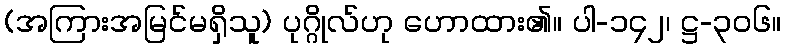
(အကြားအမြင်မရှိသူ) ပုဂ္ဂိုလ်ဟု ဟောထား၏။ ပါ-၁၄၂၊ ဋ္ဌ-၃၀၆။